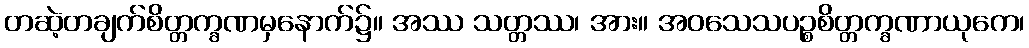
တဆဲ့တချက်စိတ္တက္ခဏမှနောက်၌။ အဿ သတ္တဿ၊ အား။ အဝသေသပဉ္စစိတ္တက္ခဏာယုကေ၊